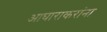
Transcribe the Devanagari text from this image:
आघाराकरांना